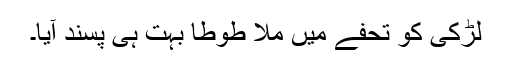
لڑکی کو تحفے میں ملا طوطا بہت ہی پسند آیا۔